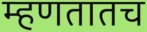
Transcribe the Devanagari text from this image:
म्हणतातच